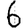
Digit: 6